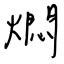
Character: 燜